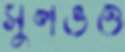
সুলভও